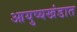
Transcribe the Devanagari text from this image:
आयुष्यखंडात